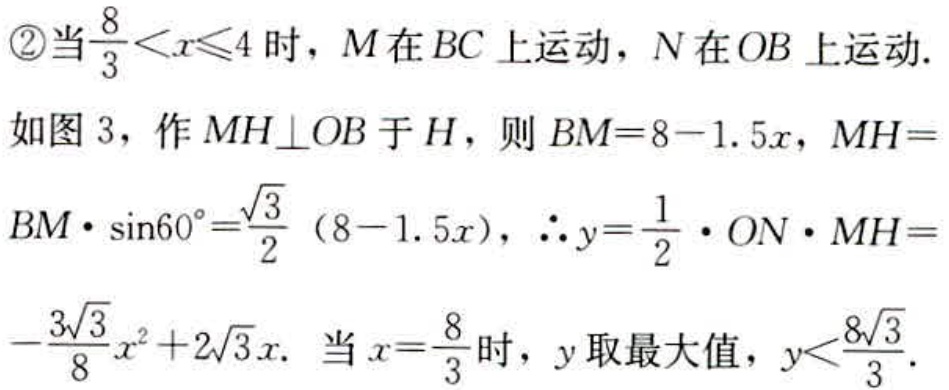
\textcircled{2}当$\frac{8}{3}<x\leqslant4$时，$M$在$BC$上运动，$N$在$OB$上运动.
如图3，作$MH\bot OB$于$H$，则$BM = 8 - 1.5x$，$MH = BM\cdot\sin60^{\circ}=\frac{\sqrt{3}}{2}(8 - 1.5x)$，$\therefore y=\frac{1}{2}\cdot ON\cdot MH=-\frac{3\sqrt{3}}{8}x^{2}+2\sqrt{3}x$. 当$x = \frac{8}{3}$时，$y$取最大值，$y<\frac{8\sqrt{3}}{3}$.